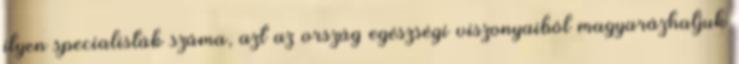
ilyen specialisták száma, azt az ország egészségi viszonyaiból magyarázhatjuk